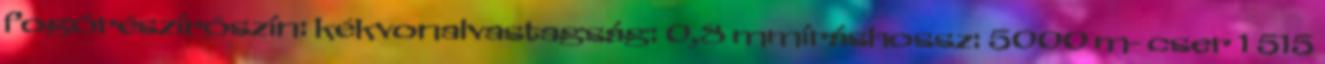
fogórészírószín: kékvonalvastagság: 0,8 mmíráshossz: 5000 m- cser 1 515